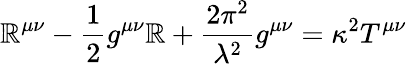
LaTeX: \mathbb{R}^{\mu\nu}-\frac{{1}}{{2}}g^{\mu\nu}\mathbb{R}+\frac{{2\pi^{2}}}{{{\lambda}^{2}}}g^{\mu\nu}=\kappa^{2}T^{\mu\nu}